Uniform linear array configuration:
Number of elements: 24
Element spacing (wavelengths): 0.75
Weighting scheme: exponential
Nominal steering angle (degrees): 15
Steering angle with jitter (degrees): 16.386
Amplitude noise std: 0.05
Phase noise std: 0.05

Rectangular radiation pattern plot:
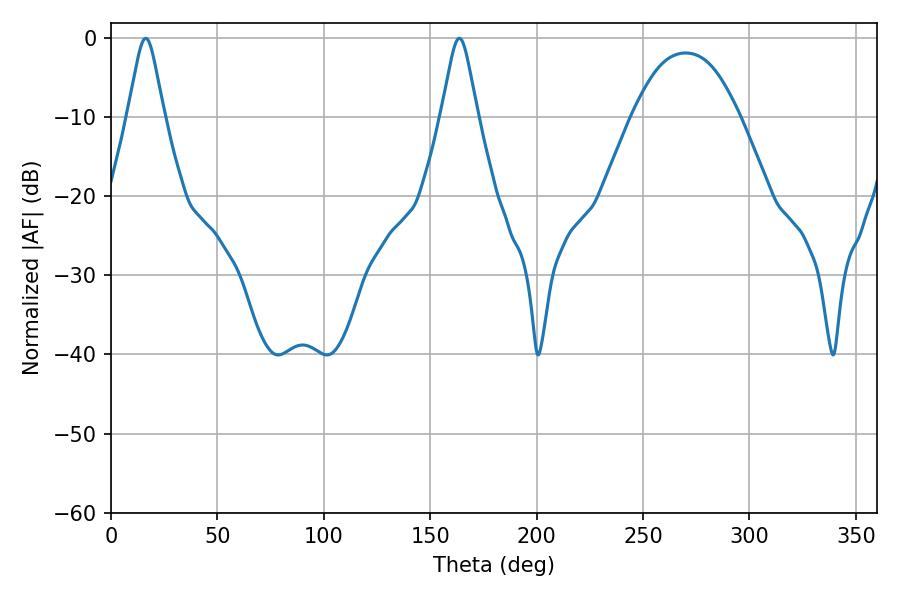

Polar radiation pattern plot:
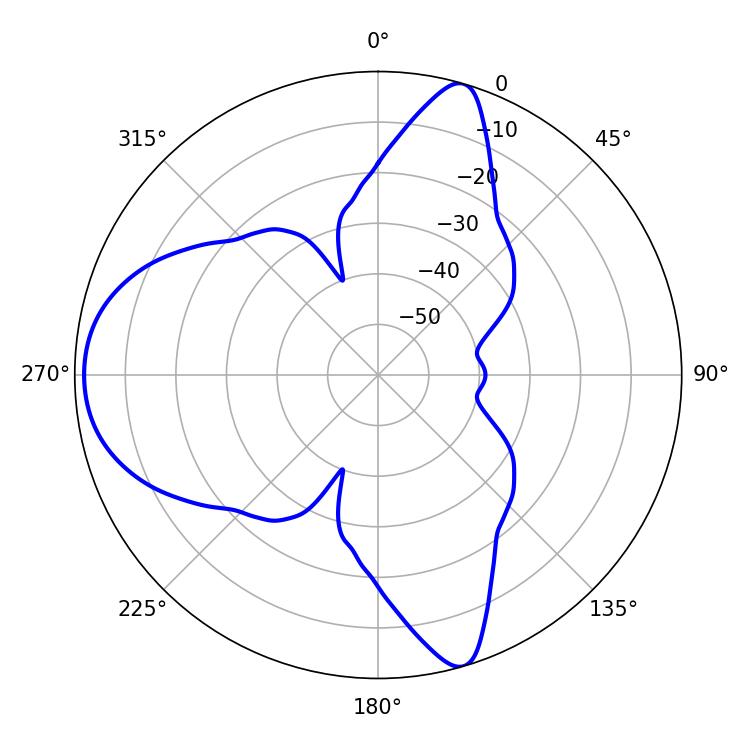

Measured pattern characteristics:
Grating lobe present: TRUE
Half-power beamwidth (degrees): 8.1
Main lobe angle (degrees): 16.38